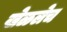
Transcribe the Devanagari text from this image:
खेळलेच